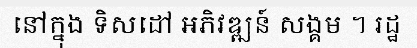
នៅក្នុង ទិសដៅ អភិវឌ្ឍន៍ សង្គម ។ រដ្ឋ